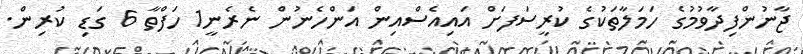
ޖާނުންފިދާވުމުގެ ހަމަލާތަކުގެ ކުރީސަފަށް އައިއެސްއިން އަންހެނުން ނެރެނީ1 ހަފްތާ 6 ގަޑި ކުރިން.